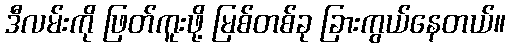
ဒီလမ်းကို ဖြတ်ကူးဖို့ မြစ်တစ်ခု ခြားကွယ်နေတယ်။